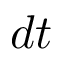
d t